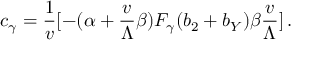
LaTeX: c _ { \gamma } = { \frac { 1 } { v } } [ - ( \alpha + { \frac { v } { \Lambda } } \beta ) F _ { \gamma } ( b _ { 2 } + b _ { Y } ) \beta { \frac { v } { \Lambda } } ] \, .